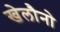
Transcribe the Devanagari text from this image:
खेलौनो